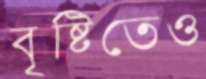
বৃষ্টিতেও